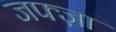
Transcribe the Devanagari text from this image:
जफ्ज़ा